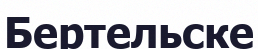
Бертельске